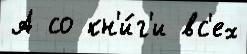
А со кн'и́г'и вс'ех